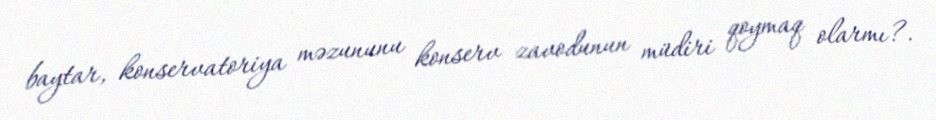
baytar, konservatoriya məzununu konserv zavodunun müdiri qoymaq olarmı?.